Vaccination North-Western Provinces 1866-1877 - 1866-1877
Year: 1866
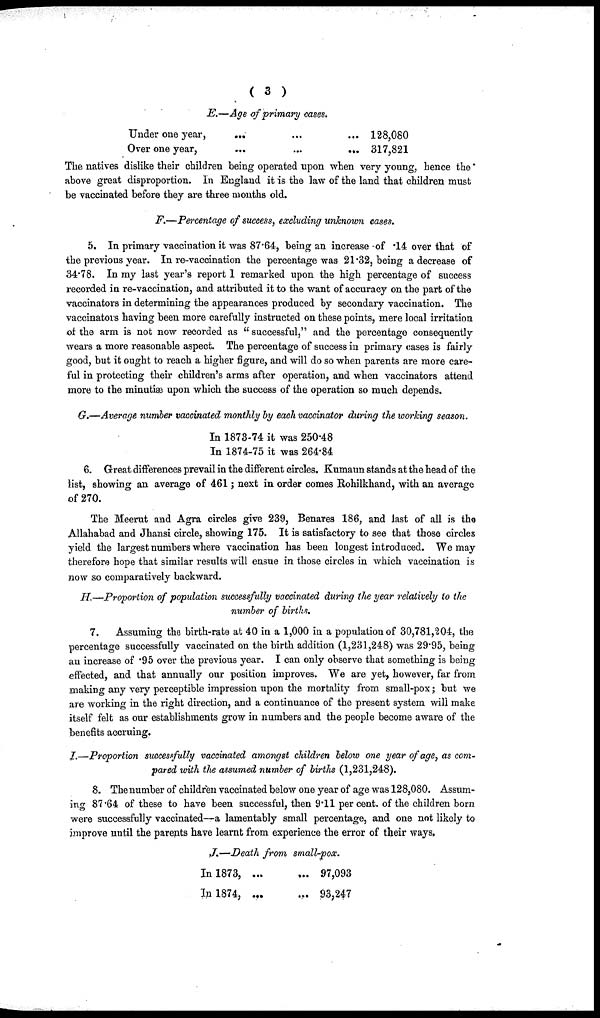
( 3 )
E.—Age of primary cases.
Under one year,
... ... ...
Over one year,
...
...
...
128,080
317,821
The natives dislike their children being operated upon when very young, hence the *
above great disproportion. In England it is the law of the land that children must
be vaccinated before they are three months old.
F.—Percentage of success, excluding unknown cases.
5. In primary vaccination it was 87.64, being an increase of .14 over that of
the previous year. In re-vaccination the percentage was 21.32, being a decrease of
34.78. In my last year's report I remarked upon the high percentage of success
recorded in re-vaccination, and attributed it to the want of accuracy on the part of the
vaccinators in determining the appearances produced by secondary vaccination. The
vaccinators having been more carefully instructed on these points, mere local irritation
of the arm is not now recorded as " successful," and the percentage consequently
wears a more reasonable aspect. The percentage of success in primary cases is fairly
good, but it ought to reach a higher figure, and will do so when parents are more care-
ful in protecting their children's arms after operation, and when vaccinators attend
more to the minutiae upon which the success of the operation so much depends.
G.—Average number vaccinated monthly by each vaccinator during the working season.
In 1873-74 it was 250.48
In 1874-75 it was 264.84
6. Great differences prevail in the different circles. Kumaun stands at the head of the
list, showing an average of 461; next in order comes Rohilkhand, with an average
of 270.
The Meerut and Agra circles give 239, Benares 186, and last of all is the
Allahabad and Jhansi circle, showing 175. It is satisfactory to see that those circles
yield the largest numbers where vaccination has been longest introduced. We may
therefore hope that similar results will ensue in those circles in which vaccination is
now so comparatively backward.
H.—Proportion of population successfully vaccinated during the year relatively to the
number of births.
7.
Assuming the birth-rate at 40 in a 1,000 in a population of 30,781,204, the
percentage successfully vaccinated on the birth addition (1,231,248) was 29.95, being
an increase of .95 over the previous year. I can only observe that something is being
effected, and that annually our position improves. We are yet, however, far from
making any very perceptible impression upon the mortality from small-pox; but we
are working in the right direction, and a continuance of the present system will make
itself felt as our establishments grow in numbers and the people become aware of the
benefits accruing.
I.—Proportion successfully vaccinated amongst children below one year of age, as com-
pared with the assumed number of births (1,231,248).
8. The number of children vaccinated below one year of age was 128,080. Assum-
ing 87.64 of these to have been successful, then 9.11 per cent. of the children born
were successfully vaccinated—a lamentably small percentage, and one not likely to
improve until the parents have learnt from experience the error of their ways.
J.—Death from small-pox.
In 1873, ... ...
In 1874, ... ...
97,093
93,247